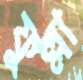
ফুল্লা